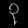
Digit: ၃